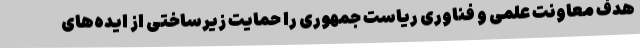
هدف معاونت علمی و فناوری ریاست جمهوری را حمایت زیرساختی از ایده‌های